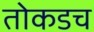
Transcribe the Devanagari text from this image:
तोकडच